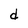
Character: d